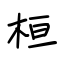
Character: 桓